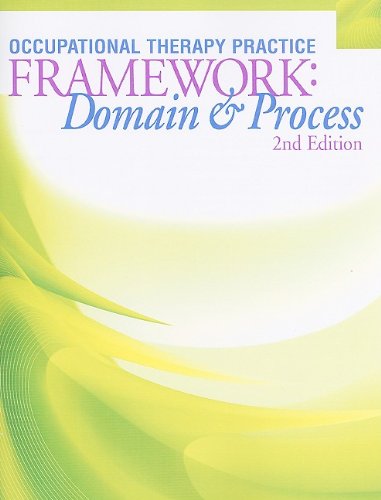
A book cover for Occupational Therapy Practice Framework: Domain and Process, 2nd Edition; American Occupational Therapy Association; Health, Fitness & Dieting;